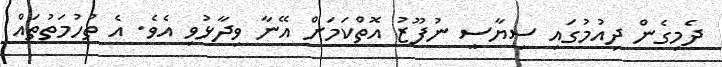
ދެމިގެން ދިއުމުގައި ސިޔާސީ ނުފޫޒު އޮތްކަމަށް އޭނާ ވިދާޅުވި އެވެ. އެ ތުހުމަތުތައް